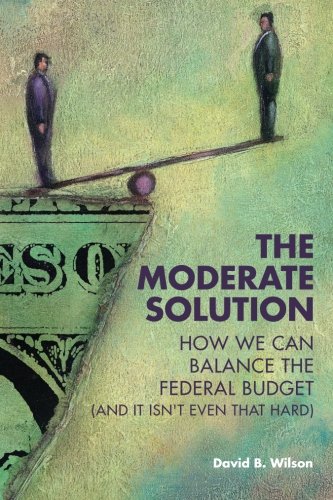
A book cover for The Moderate Solution: How We Can Balance the Federal Budget (And It Isn't Even That Hard); David B. Wilson; Business & Money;